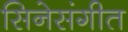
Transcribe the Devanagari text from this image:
सिनेसंगीत